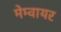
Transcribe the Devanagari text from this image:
मेम्वायर